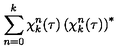
\sum _ { n = 0 } ^ { k } \chi _ { k } ^ { n } ( \tau ) \left( \chi _ { k } ^ { n } ( \tau ) \right) ^ { * }